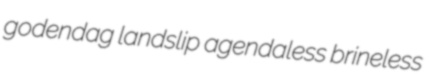
godendag landslip agendaless brineless